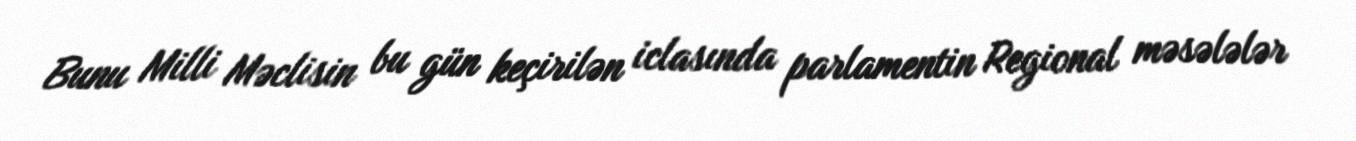
Bunu Milli Məclisin bu gün keçirilən iclasında parlamentin Regional məsələlər